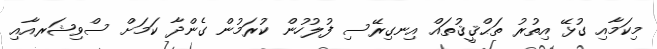
މިކަމާއި ގުޅޭ އިތުރު ތަޙްޤީޤުތައް އިނގިރޭސި ފުލުހުން ކުރަމުން ގެންދާ ކަމަށް ސްވިޝަރއާއި